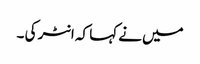
میں نے کہا کہ انٹر کی ۔